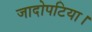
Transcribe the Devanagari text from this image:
जादोपटिया।